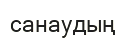
санаудың